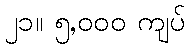
၂၁။ ၅,၀၀၀ ကျပ်